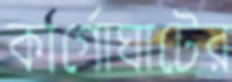
কার্গোঘাটের